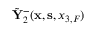
\tilde { \bf Y } _ { 2 } ^ { - } ( { { \bf x } } , { { \bf s } } , { x _ { 3 , F } } )